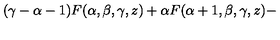
( \gamma - \alpha - 1 ) F ( \alpha , \beta , \gamma , z ) + \alpha F ( \alpha + 1 , \beta , \gamma , z ) -